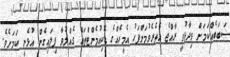
ސަބަބެއްކަމަށް ވިދާޅުވީ ރާއްޖެ އެތެރެވުމަށްފަހު އެމީހެއްގެ ޑޮކިއުމެންޓްތައް ގެއްލުވާ ފިލައިގެން އުޅެނީ ކަމަށެވެ.